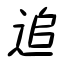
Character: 追